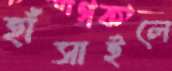
হাঁসাইলে